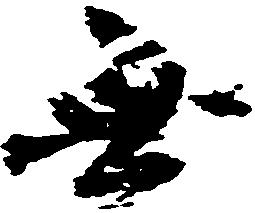
無